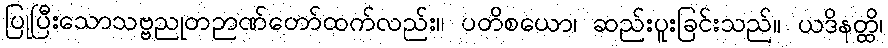
ပြုပြီးသောသဗ္ဗညုတဉာဏ်တော်ထက်လည်း။ ပတိစယော၊ ဆည်းပူးခြင်းသည်။ ယဒိနတ္ထိ၊